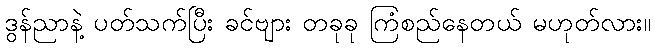
ဒွန်ညာနဲ့ ပတ်သက်ပြီး ခင်ဗျား တခုခု ကြံစည်နေတယ် မဟုတ်လား။